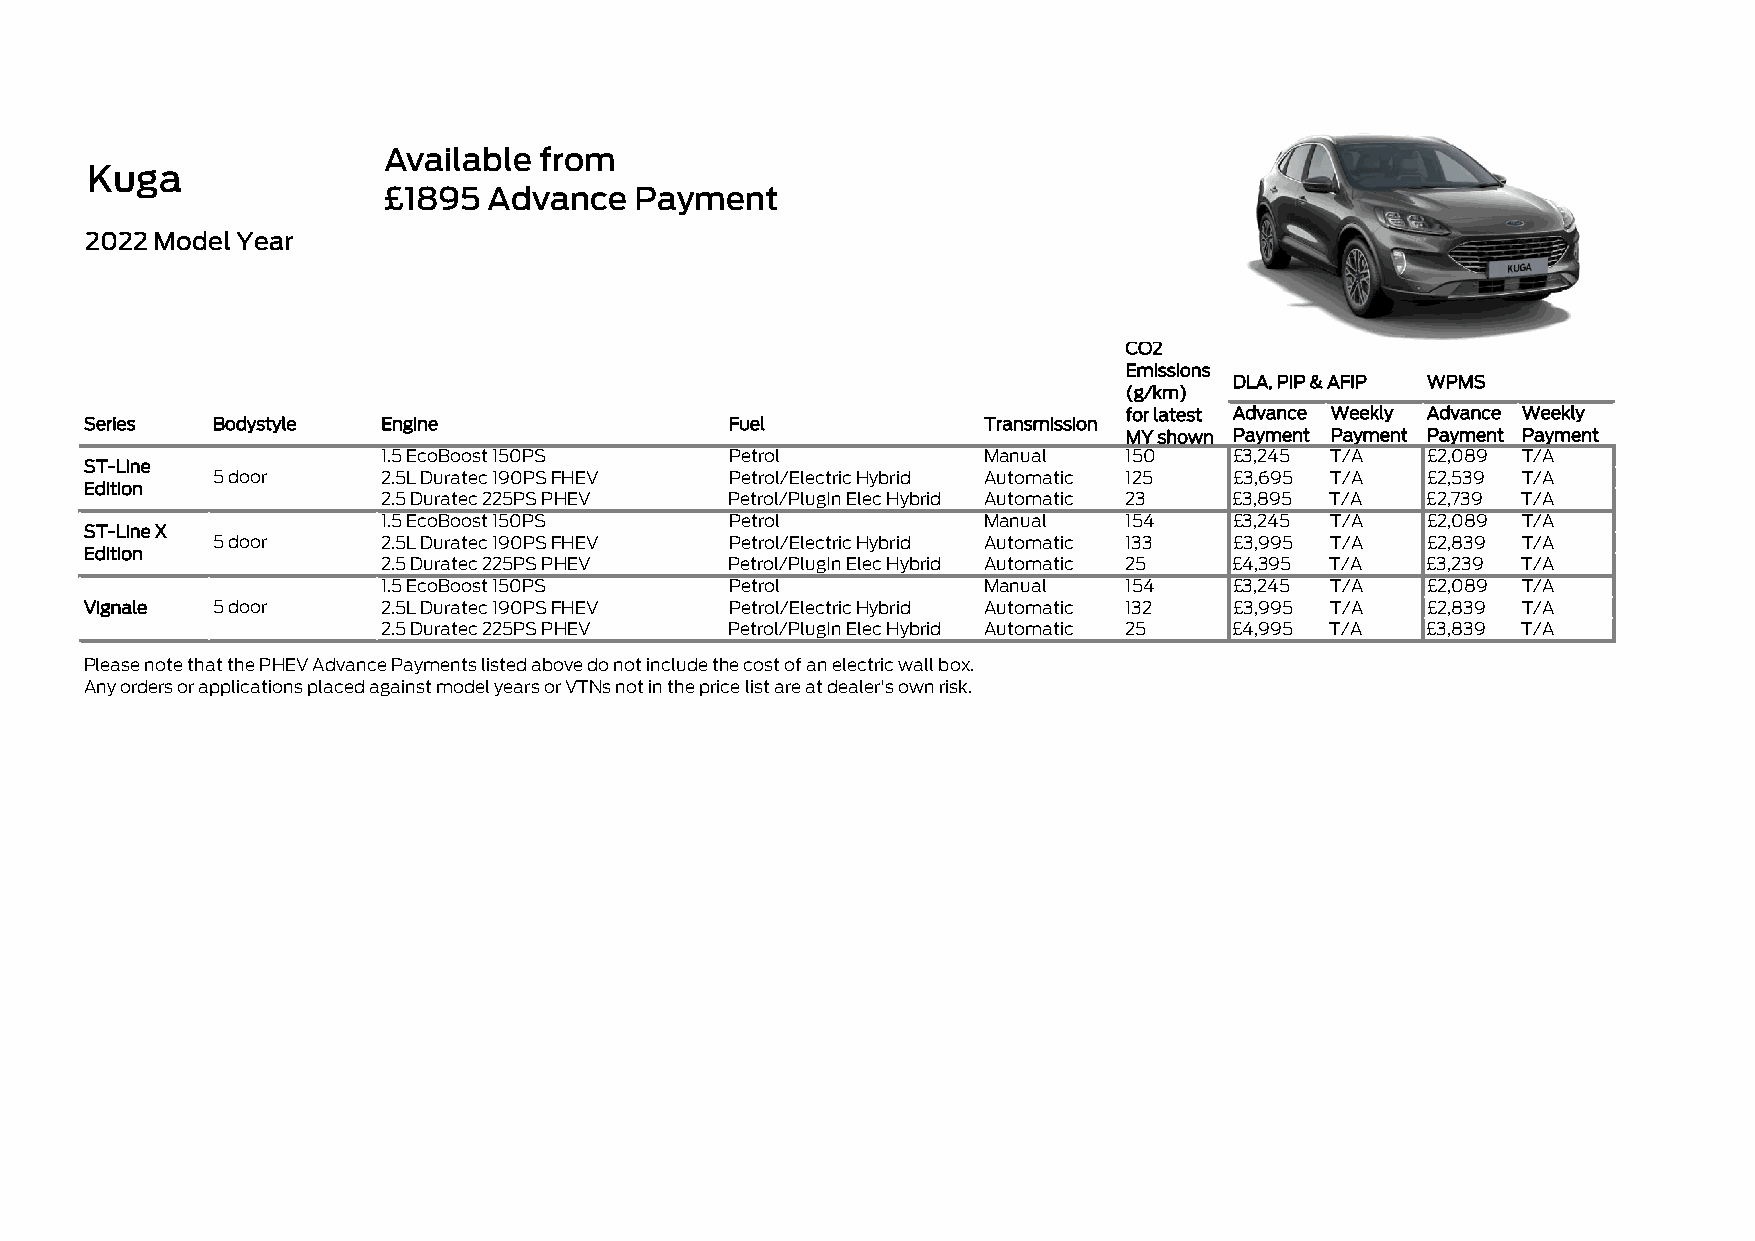
Available  from
 Kuga
 £1895  Advance   Payment
 2022 Model Year
 CO2
 Emissions
 DLA, PIP & AFIP WPMS
 (g/km)
 for latest Advance Weekly Advance Weekly
 Series  Bodystyle  Engine                 Fuel             Transmission
 MY shown Payment Payment Payment Payment
 1.5 EcoBoost 150PS     Petrol           Manual   150     £3,245 T/A  £2,089 T/A
 ST-Line
 5 door     2.5L Duratec 190PS FHEV Petrol/Electric Hybrid Automatic 125 £3,695 T/A £2,539 T/A
 Edition
 2.5 Duratec 225PS PHEV Petrol/PlugIn Elec Hybrid Automatic 23 £3,895 T/A £2,739 T/A
 1.5 EcoBoost 150PS     Petrol           Manual   154     £3,245 T/A  £2,089 T/A
 ST-Line X
 5 door     2.5L Duratec 190PS FHEV Petrol/Electric Hybrid Automatic 133 £3,995 T/A £2,839 T/A
 Edition
 2.5 Duratec 225PS PHEV Petrol/PlugIn Elec Hybrid Automatic 25 £4,395 T/A £3,239 T/A
 1.5 EcoBoost 150PS     Petrol           Manual   154     £3,245 T/A  £2,089 T/A
 Vignale 5 door     2.5L Duratec 190PS FHEV Petrol/Electric Hybrid Automatic 132 £3,995 T/A £2,839 T/A
 2.5 Duratec 225PS PHEV Petrol/PlugIn Elec Hybrid Automatic 25 £4,995 T/A £3,839 T/A
 Please note that the PHEV Advance Payments listed above do not include the cost of an electric wall box.
 Any orders or applications placed against model years or VTNs not in the price list are at dealer's own risk.